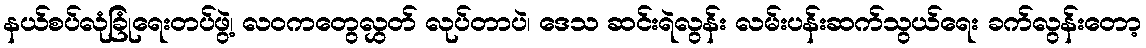
နယ်စပ်လုံခြုံရေးတပ်ဖွဲ့၊ လဝကတွေလွှတ် လုပ်တာပဲ၊ ဒေသ ဆင်းရဲလွန်း လမ်းပန်းဆက်သွယ်ရေး ခက်လွန်းတော့